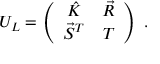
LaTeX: U _ { L } = \left( \begin{array} { c c } { { \hat { K } } } & { { \vec { R } } } \\ { { \vec { S } ^ { T } } } & { { T } } \end{array} \right) \; .